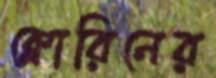
ক্লোরিনের